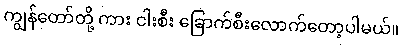
ကျွန်တော်တို့ ကား ငါးစီး ခြောက်စီးလောက်တော့ပါမယ်။